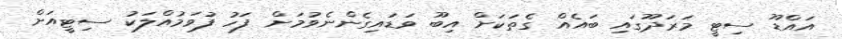
އައްޑޫ ސިޓީ މަރަދޫގައި ބައެއް ގެތަކަށް އިބޫ ވަޑައިގެންނެވުމަށް ފަހު ފުވަމުއްލަކު ސިޓީއަށް